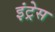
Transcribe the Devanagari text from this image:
इंट्रेस